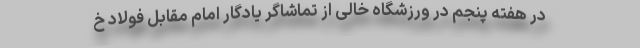
در هفته پنجم در ورزشگاه خالی از تماشاگر یادگار امام مقابل فولاد خ